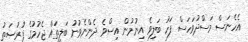
އެހެނަސް މަސްދުވަހަސް ފަހު ބަލިވެ އިނުމުން އިސްވެ ދެންނެވުނު ބަލިތައް ޖެހުމުގެ ފުރުޞަތު